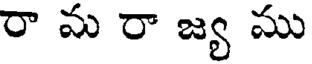
రా మ రా జ్య ము